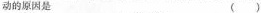
动的原因是 ( )